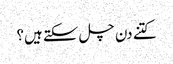
کتنے دن چل سکتے ہیں؟